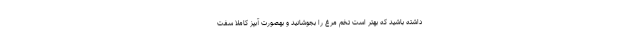
داشته باشید که بهتر است تخم مرغ را بجوشانید و بهصورت آبپز کاملا سفت